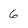
Character: 6